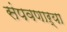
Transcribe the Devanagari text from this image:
संपवणाऱ्या